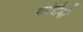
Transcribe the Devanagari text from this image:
गेरेरोची